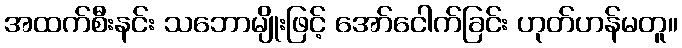
အထက်စီးနင်း သဘောမျိုးဖြင့် အော်ငေါက်ခြင်း ဟုတ်ဟန်မတူ။